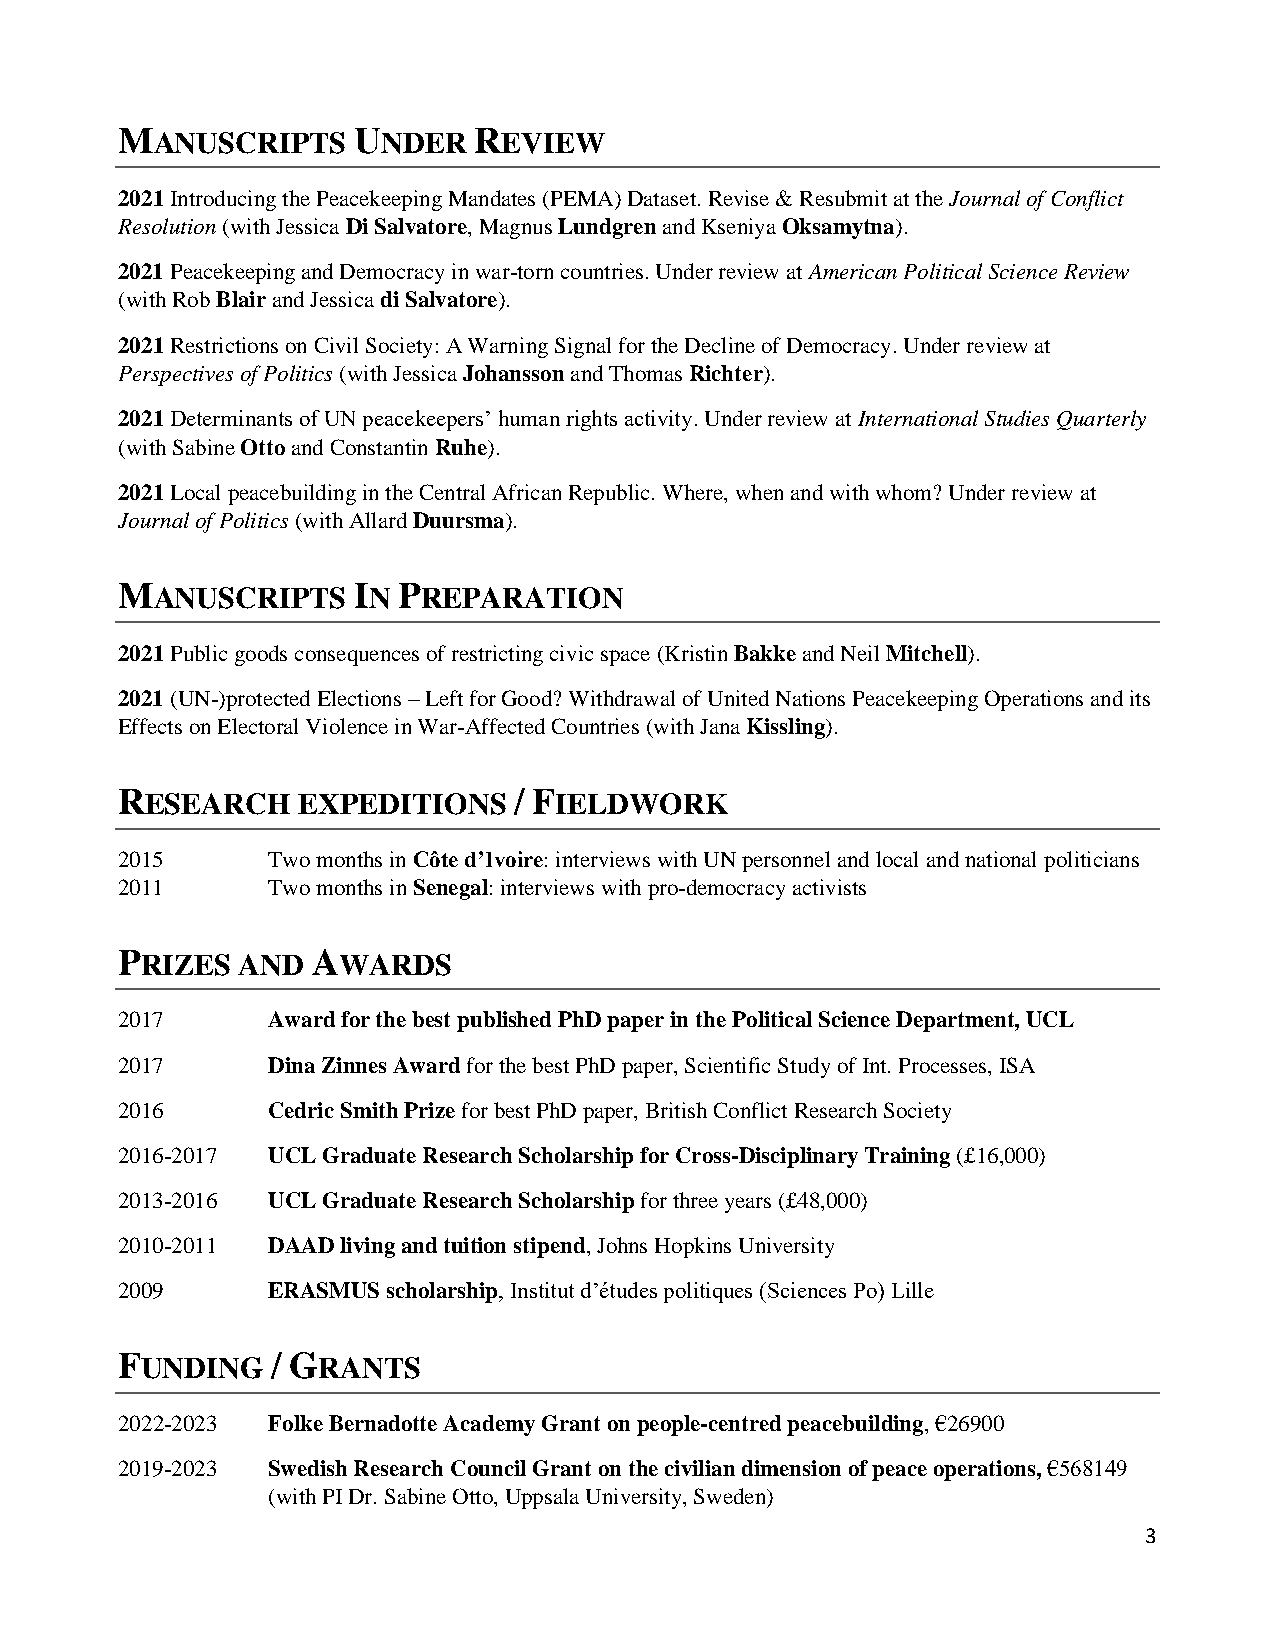
MANUSCRIPTS    UNDER   REVIEW
 2021 Introducing the Peacekeeping Mandates (PEMA) Dataset. Revise & Resubmit at the Journal of Conflict
 Resolution (with Jessica Di Salvatore, Magnus Lundgren and Kseniya Oksamytna).
 2021 Peacekeeping and Democracy in war-torn countries. Under review at American Political Science Review
 (with Rob Blair and Jessica di Salvatore).
 2021 Restrictions on Civil Society: A Warning Signal for the Decline of Democracy. Under review at
 Perspectives of Politics (with Jessica Johansson and Thomas Richter).
 2021 Determinants of UN peacekeepers’ human rights activity. Under review at International Studies Quarterly
 (with Sabine Otto and Constantin Ruhe).
 2021 Local peacebuilding in the Central African Republic. Where, when and with whom? Under review at
 Journal of Politics (with Allard Duursma).
 MANUSCRIPTS    IN PREPARATION
 2021 Public goods consequences of restricting civic space (Kristin Bakke and Neil Mitchell).
 2021 (UN-)protected Elections – Left for Good? Withdrawal of United Nations Peacekeeping Operations and its
 Effects on Electoral Violence in War-Affected Countries (with Jana Kissling).
 RESEARCH    EXPEDITIONS   / FIELDWORK
 2015      Two months in Côte d’Ivoire: interviews with UN personnel and local and national politicians
 2011      Two months in Senegal: interviews with pro-democracy activists
 PRIZES  AND  AWARDS
 2017      Award for the best published PhD paper in the Political Science Department, UCL
 2017      Dina Zinnes Award for the best PhD paper, Scientific Study of Int. Processes, ISA
 2016      Cedric Smith Prize for best PhD paper, British Conflict Research Society
 2016-2017 UCL Graduate Research Scholarship for Cross-Disciplinary Training (£16,000)
 2013-2016 UCL Graduate Research Scholarship for three years (£48,000)
 2010-2011 DAAD living and tuition stipend, Johns Hopkins University
 2009      ERASMUS scholarship, Institut d’études politiques (Sciences Po) Lille
 FUNDING   / GRANTS
 2022-2023 Folke Bernadotte Academy Grant on people-centred peacebuilding, €26900
 2019-2023 Swedish Research Council Grant on the civilian dimension of peace operations, €568149
 (with PI Dr. Sabine Otto, Uppsala University, Sweden)
 3